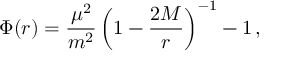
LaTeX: \Phi ( r ) = \frac { \mu ^ { 2 } } { m ^ { 2 } } \left( 1 - \frac { 2 M } { r } \right) ^ { - 1 } - 1 \, ,